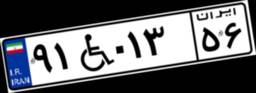
۰۸W۲۸۲۵۱